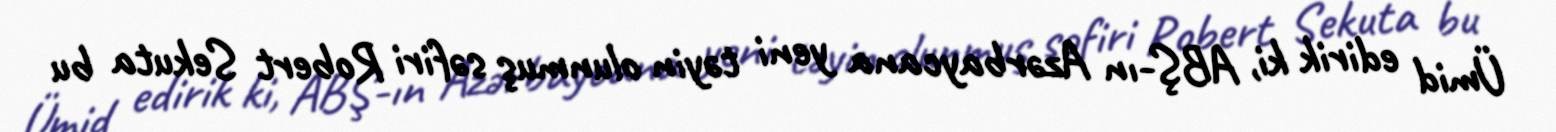
Ümid edirik ki, ABŞ-ın Azərbaycana yeni təyin olunmuş səfiri Robert Sekuta bu